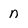
Character: n